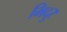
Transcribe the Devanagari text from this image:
भिदुर